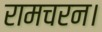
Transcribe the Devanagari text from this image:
रामचरन।